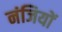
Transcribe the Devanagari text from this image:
नंजियों